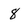
Character: 8